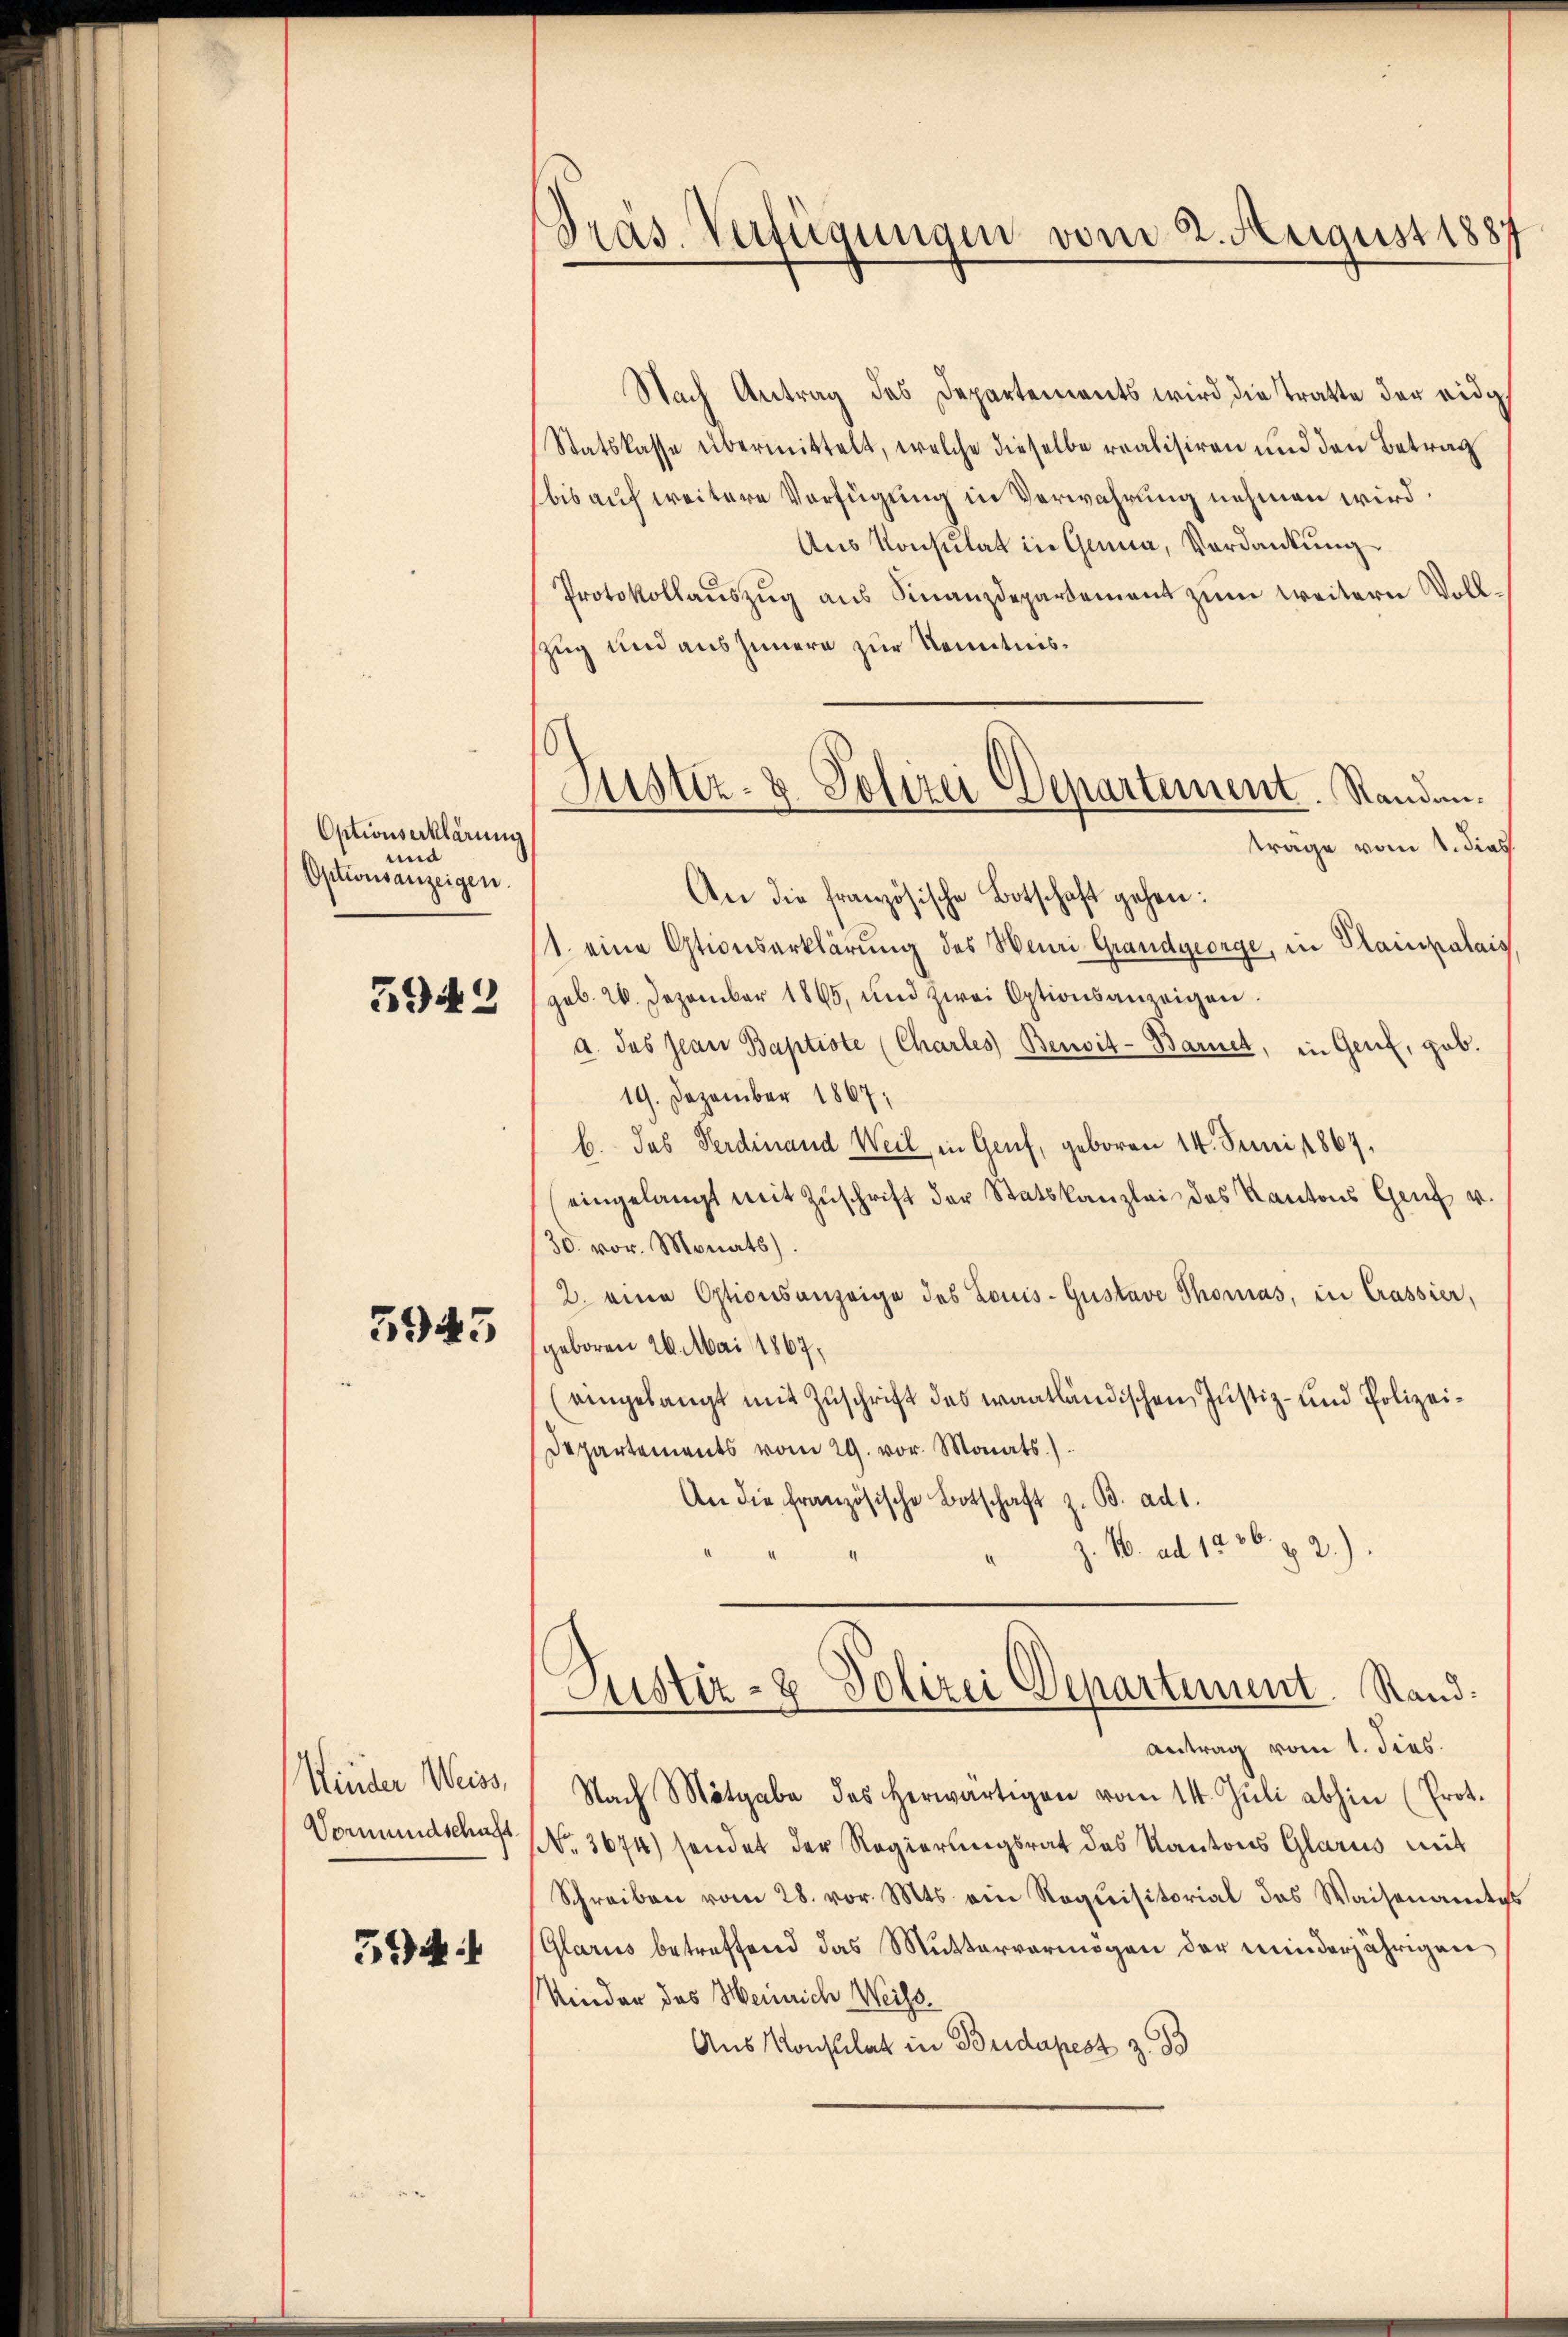
Optionserklärung
d
Optionsanzeigen.

5942

5943

Kinder Weiss,
Vormundschaft

544

Präs. Verfügungen vom 2. August 1887

Nach Antrag des Departements wird die Tratte der eidg
Statskasse übermittelt, welche dieselbe realisiren und den Betrag
bis auf weitere Verfügung in Verwahrung nehmen wird.
Aus Konsulat in Genua, Verdankung
Protokollauszug aus Finanzdepartement zum weitern Vollzug und aus Innern zur Kenntnisträge vom 1. dies
An die französische Botschaft gehen:
1. eine Otionserklärung des Henri Grandgeorge, in Plainpalais,
geb. 26. Dezember 1865, und zwei Optionsanzeigen.
a. das Jean Baptiste (Charles Benoit-Barnet, in Genf, geb.
19. Dezember 1867;
b. das Ferdinand Weil in Genf, geboren 14. Juni 1867.
eingelangt mit Zuschrift der Statskanzlei des Kantons Genf v.
30. vor. Monats).
2. eine Ostionsanzeige des Louis-Gustave Thomas, in Crassier,
geboren 26. Mai 1867,
(eingelangt mit Zuschrift des wantländischen Justiz- und Polizei¬
Departements vom 29. vor. Monats.)
An die französische Botschaft z. B. ad 1.
J. M. ad 1236. f. 2.)

Justiz- & Polizei Departement. Randan¬

Justiz- & Polizei Departement. Stand.

antrag vom 1. dies
Nach Mitgabe des herwärtigen vom 11. Jŭli abhin (Prot.
No. 3674) sendet der Regierungsrat des Kantons Glarus mit
Schreiben vom 28. vor. Mts. ein Requisitorial das Waisenandes
Glarus betreffend das Muttervermögen der minderjährigen
Nieder des Heinrich Weiss.
Aus Konsulat in Budapest z. B